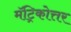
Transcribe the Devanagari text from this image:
मॅट्रिकोत्तर